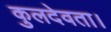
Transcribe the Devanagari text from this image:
कुलदेवता।